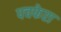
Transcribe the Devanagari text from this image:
पचफेरा